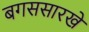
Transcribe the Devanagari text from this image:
बगससारखे